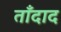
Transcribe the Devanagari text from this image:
ताँदाद